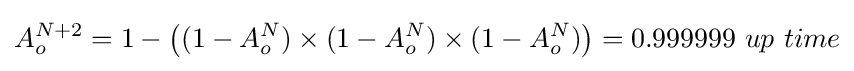
A_{o}^{N+2}=1-\left((1-A_{o}^{N})\times (1-A_{o}^{N})\times (1-A_{o}^{N})\right)=0.999999\ up\ time